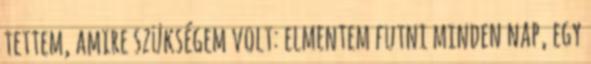
tettem, amire szükségem volt: elmentem futni minden nap, egy